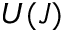
U ( J )